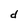
Character: d